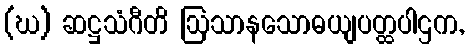
(ဃ) ဆဋ္ဌသံဂီတိ ဩသာနသောဓယျပတ္ထပါဌက,